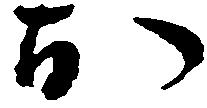
お